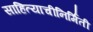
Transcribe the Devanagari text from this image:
साहित्याचीनिर्मिती